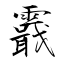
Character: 霵